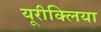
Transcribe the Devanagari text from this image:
यूरीक्लिया